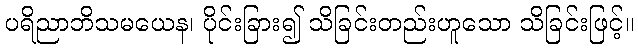
ပရိညာဘိသမယေန၊ ပိုင်းခြား၍ သိခြင်းတည်းဟူသော သိခြင်းဖြင့်။